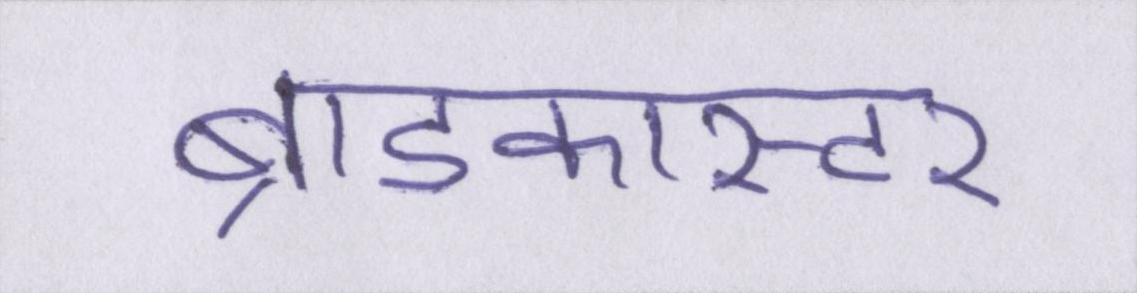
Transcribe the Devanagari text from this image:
ब्राडकास्टर